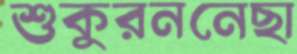
শুকুরননেছা